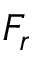
F _ { r }